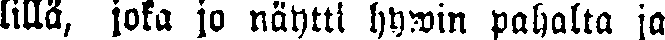
lillä, joka jo näytti hywin pahalta ja